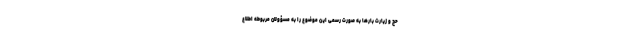
حج و زیارت بارها به صورت رسمی این موضوع را به مسؤولان مربوطه اطلاع